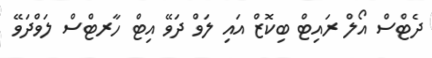
ދެޓްސް އޯލް ރައިޓް ބިކޮޒް އައި ލަވް ދަވޭ އިޓް ހާރޓްސް ލަވްދަވޭ